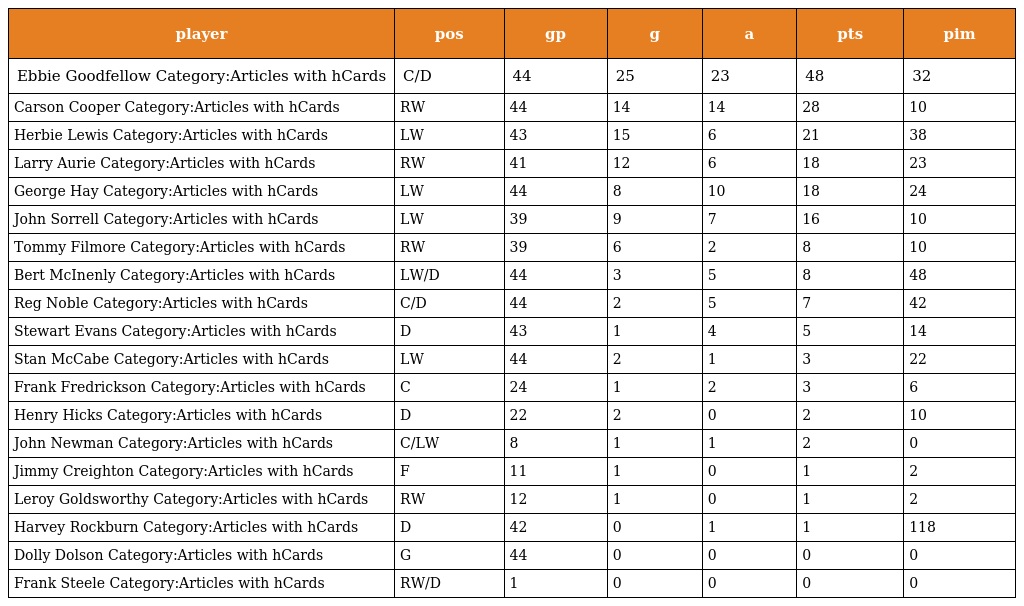
| player | pos | gp | g | a | pts | pim |
 | --- | --- | --- | --- | --- | --- | --- |
 | Ebbie Goodfellow Category:Articles with hCards | C/D | 44 | 25 | 23 | 48 | 32 |
 | Carson Cooper Category:Articles with hCards | RW | 44 | 14 | 14 | 28 | 10 |
 | Herbie Lewis Category:Articles with hCards | LW | 43 | 15 | 6 | 21 | 38 |
 | Larry Aurie Category:Articles with hCards | RW | 41 | 12 | 6 | 18 | 23 |
 | George Hay Category:Articles with hCards | LW | 44 | 8 | 10 | 18 | 24 |
 | John Sorrell Category:Articles with hCards | LW | 39 | 9 | 7 | 16 | 10 |
 | Tommy Filmore Category:Articles with hCards | RW | 39 | 6 | 2 | 8 | 10 |
 | Bert McInenly Category:Articles with hCards | LW/D | 44 | 3 | 5 | 8 | 48 |
 | Reg Noble Category:Articles with hCards | C/D | 44 | 2 | 5 | 7 | 42 |
 | Stewart Evans Category:Articles with hCards | D | 43 | 1 | 4 | 5 | 14 |
 | Stan McCabe Category:Articles with hCards | LW | 44 | 2 | 1 | 3 | 22 |
 | Frank Fredrickson Category:Articles with hCards | C | 24 | 1 | 2 | 3 | 6 |
 | Henry Hicks Category:Articles with hCards | D | 22 | 2 | 0 | 2 | 10 |
 | John Newman Category:Articles with hCards | C/LW | 8 | 1 | 1 | 2 | 0 |
 | Jimmy Creighton Category:Articles with hCards | F | 11 | 1 | 0 | 1 | 2 |
 | Leroy Goldsworthy Category:Articles with hCards | RW | 12 | 1 | 0 | 1 | 2 |
 | Harvey Rockburn Category:Articles with hCards | D | 42 | 0 | 1 | 1 | 118 |
 | Dolly Dolson Category:Articles with hCards | G | 44 | 0 | 0 | 0 | 0 |
 | Frank Steele Category:Articles with hCards | RW/D | 1 | 0 | 0 | 0 | 0 |